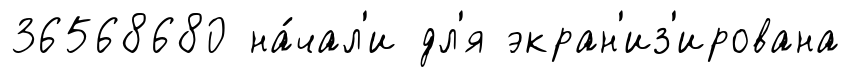
36568680 на́чал'и дл'я экран'из'ирована